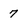
Character: 7